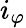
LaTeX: i_{\varphi}